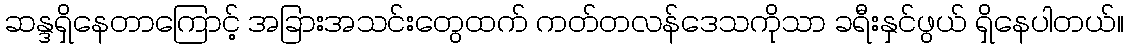
ဆန္ဒရှိနေတာကြောင့် အခြားအသင်းတွေထက် ကတ်တလန်ဒေသကိုသာ ခရီးနှင်ဖွယ် ရှိနေပါတယ်။